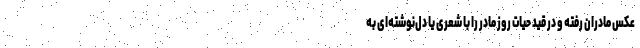
عکس مادران رفته و در قید حیات روز مادر را با شعری یا دل‌نوشته‌ای به